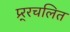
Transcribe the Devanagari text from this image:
प्र्र्रचलित